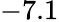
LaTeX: -7.1